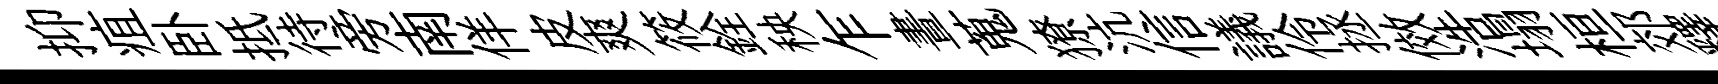
抑疽卧抵待旁南佯皮爽筱銓秧乍晝蒐獠沆信議伶拯傚浩塌桓郊釋